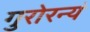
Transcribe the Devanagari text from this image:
गुरोरन्यं